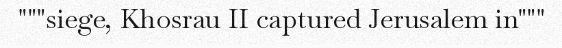
"""siege, Khosrau II captured Jerusalem in"""